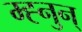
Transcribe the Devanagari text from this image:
म्ह्नुन्